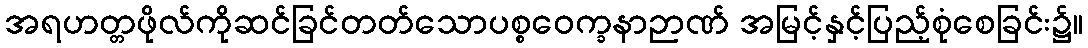
အရဟတ္တဖိုလ်ကိုဆင်ခြင်တတ်သောပစ္စဝေက္ခနာဉာဏ် အမြင့်နှင့်ပြည့်စုံစေခြင်း၌။